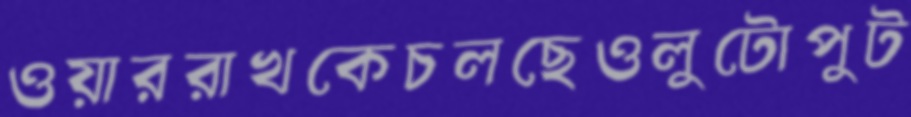
ওয়াররাখকেচলছেওলুটোপুট